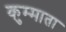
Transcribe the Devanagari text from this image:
कुम्माता